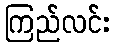
ကြည်လင်း